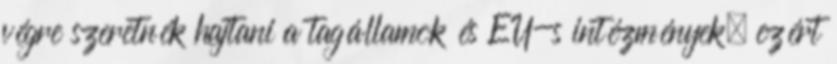
végre szeretnék hajtani a tagállamok és EU-s intézmények, ezért